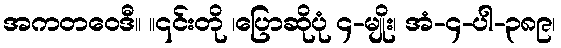
အကတဝေဒီ။ ။၎င်းတို ၊ပြောဆိုပုံ ၄-မျိုး၊ အံ-၄-ပါ-၃၈၉၊